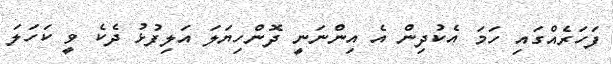
ފަހަރެއްގައި ހަމަ އެކުދިން އެ އިންނަނީ ދޮންހިޔަލަ އަލިފުޅު ދެކެ ވީ ކަހަލަ